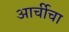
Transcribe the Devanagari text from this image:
आर्चीचा